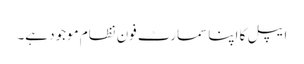
ایپل کا اپنا سمارٹ فون نظام موجود ہے۔